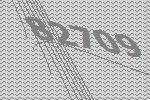
82709